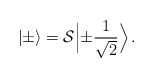
\begin{align*} | \pm \rangle = {\cal S} \Bigl| \pm \frac{1}{\sqrt{2}} \Bigr> \, .\end{align*}